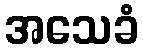
အသေခံ